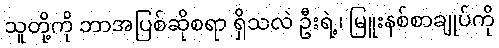
သူတို့ကို ဘာအပြစ်ဆိုစရာ ရှိသလဲ ဦးရဲ့၊ မြူးနစ်စာချုပ်ကို